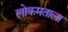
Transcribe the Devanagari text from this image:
लोकमताला